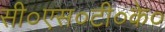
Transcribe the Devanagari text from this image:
सी०एस०टी०के०